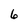
Character: 6